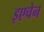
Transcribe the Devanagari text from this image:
इएचेन